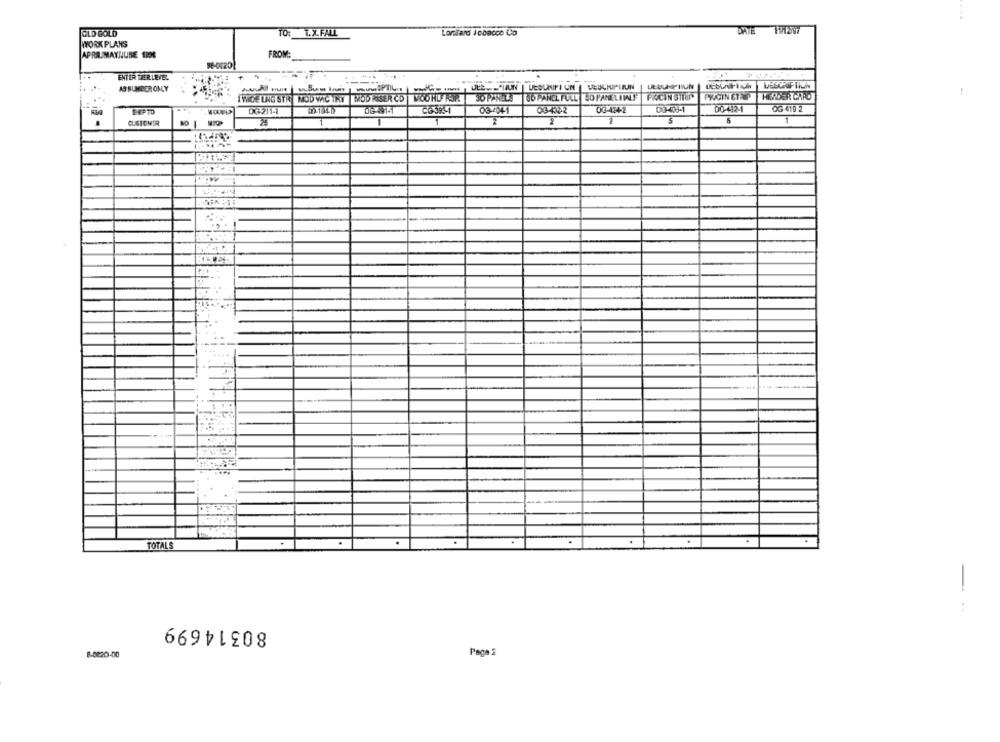
OLD GOLD
TO: T.X.FALL
Loniand icbacco Co
WORK PLANS
FROM:
APRILMAYNJUNE 1996
98-0420
ENTER TZER LEVEL
AS NUMBER ONLY
PILULE-VIAUN| LEDUMINI UN| DESCRIPTION| LECUMPLAN
JO PANELS UD PANEL FULL SO PANELIINLF
PACIN STION
PIVAGIN 6TAP
HERDER CARD
:
TWICE LING STR LOD WIG THY |MOD RISER CD WOOHL FOR
0G211-1
60-104-0
03-404-1
03-432-2
00 424-2
00-09-1
00-192-1
OG 419 2
CUSTOMER
1
2
2
5
1
.
.
TOTALS
-
80314699
8-0820-00
Page 2